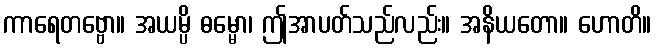
ကာရေတဗ္ဗော။ အယမ္ပိ ဓမ္မော၊ ဤအာပတ်သည်လည်း။ အနိယတော။ ဟောတိ။